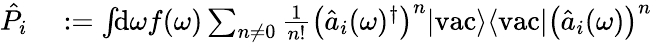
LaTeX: \begin{array}{rl}{\hat{P}_{i}}&{{}:=\int\! \! \mathrm{d}\omega f(\omega)\sum_{n\ne 0}\frac{1}{n!}\left(\hat{a}_{i}(\omega)^{\dagger}\right)^{n}|\mathrm{vac}\rangle\langle\mathrm{vac}|\left(\hat{a}_{i}(\omega)\right)^{n}}\end{array}